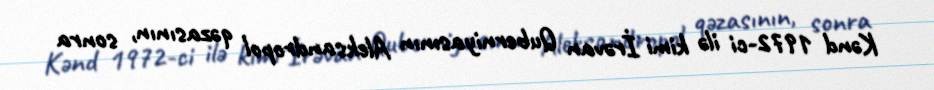
Kənd 1972-ci ilə kimi İrəvan Quberniyasının Aleksandropol qəzasının, sonra